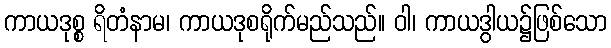
ကာယဒုစ္စ ရိတံနာမ၊ ကာယဒုစရိုက်မည်သည်။ ဝါ၊ ကာယဒွါယ၌ဖြစ်သော